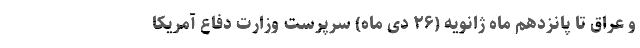
و عراق تا پانزدهم ماه ژانویه (۲۶ دی ماه) سرپرست وزارت دفاع آمریکا